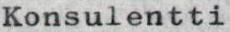
Konsulentti